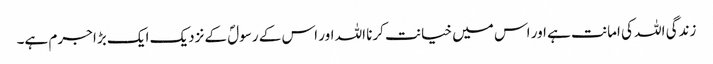
زندگی اللہ کی امانت ہے اور اس میں خیانت کرنا اللہ اور اس کے رسولؐ کے نزدیک ایک بڑا جرم ہے۔